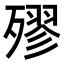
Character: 𣩍